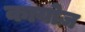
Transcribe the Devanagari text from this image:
कायोज़